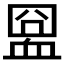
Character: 𧖸